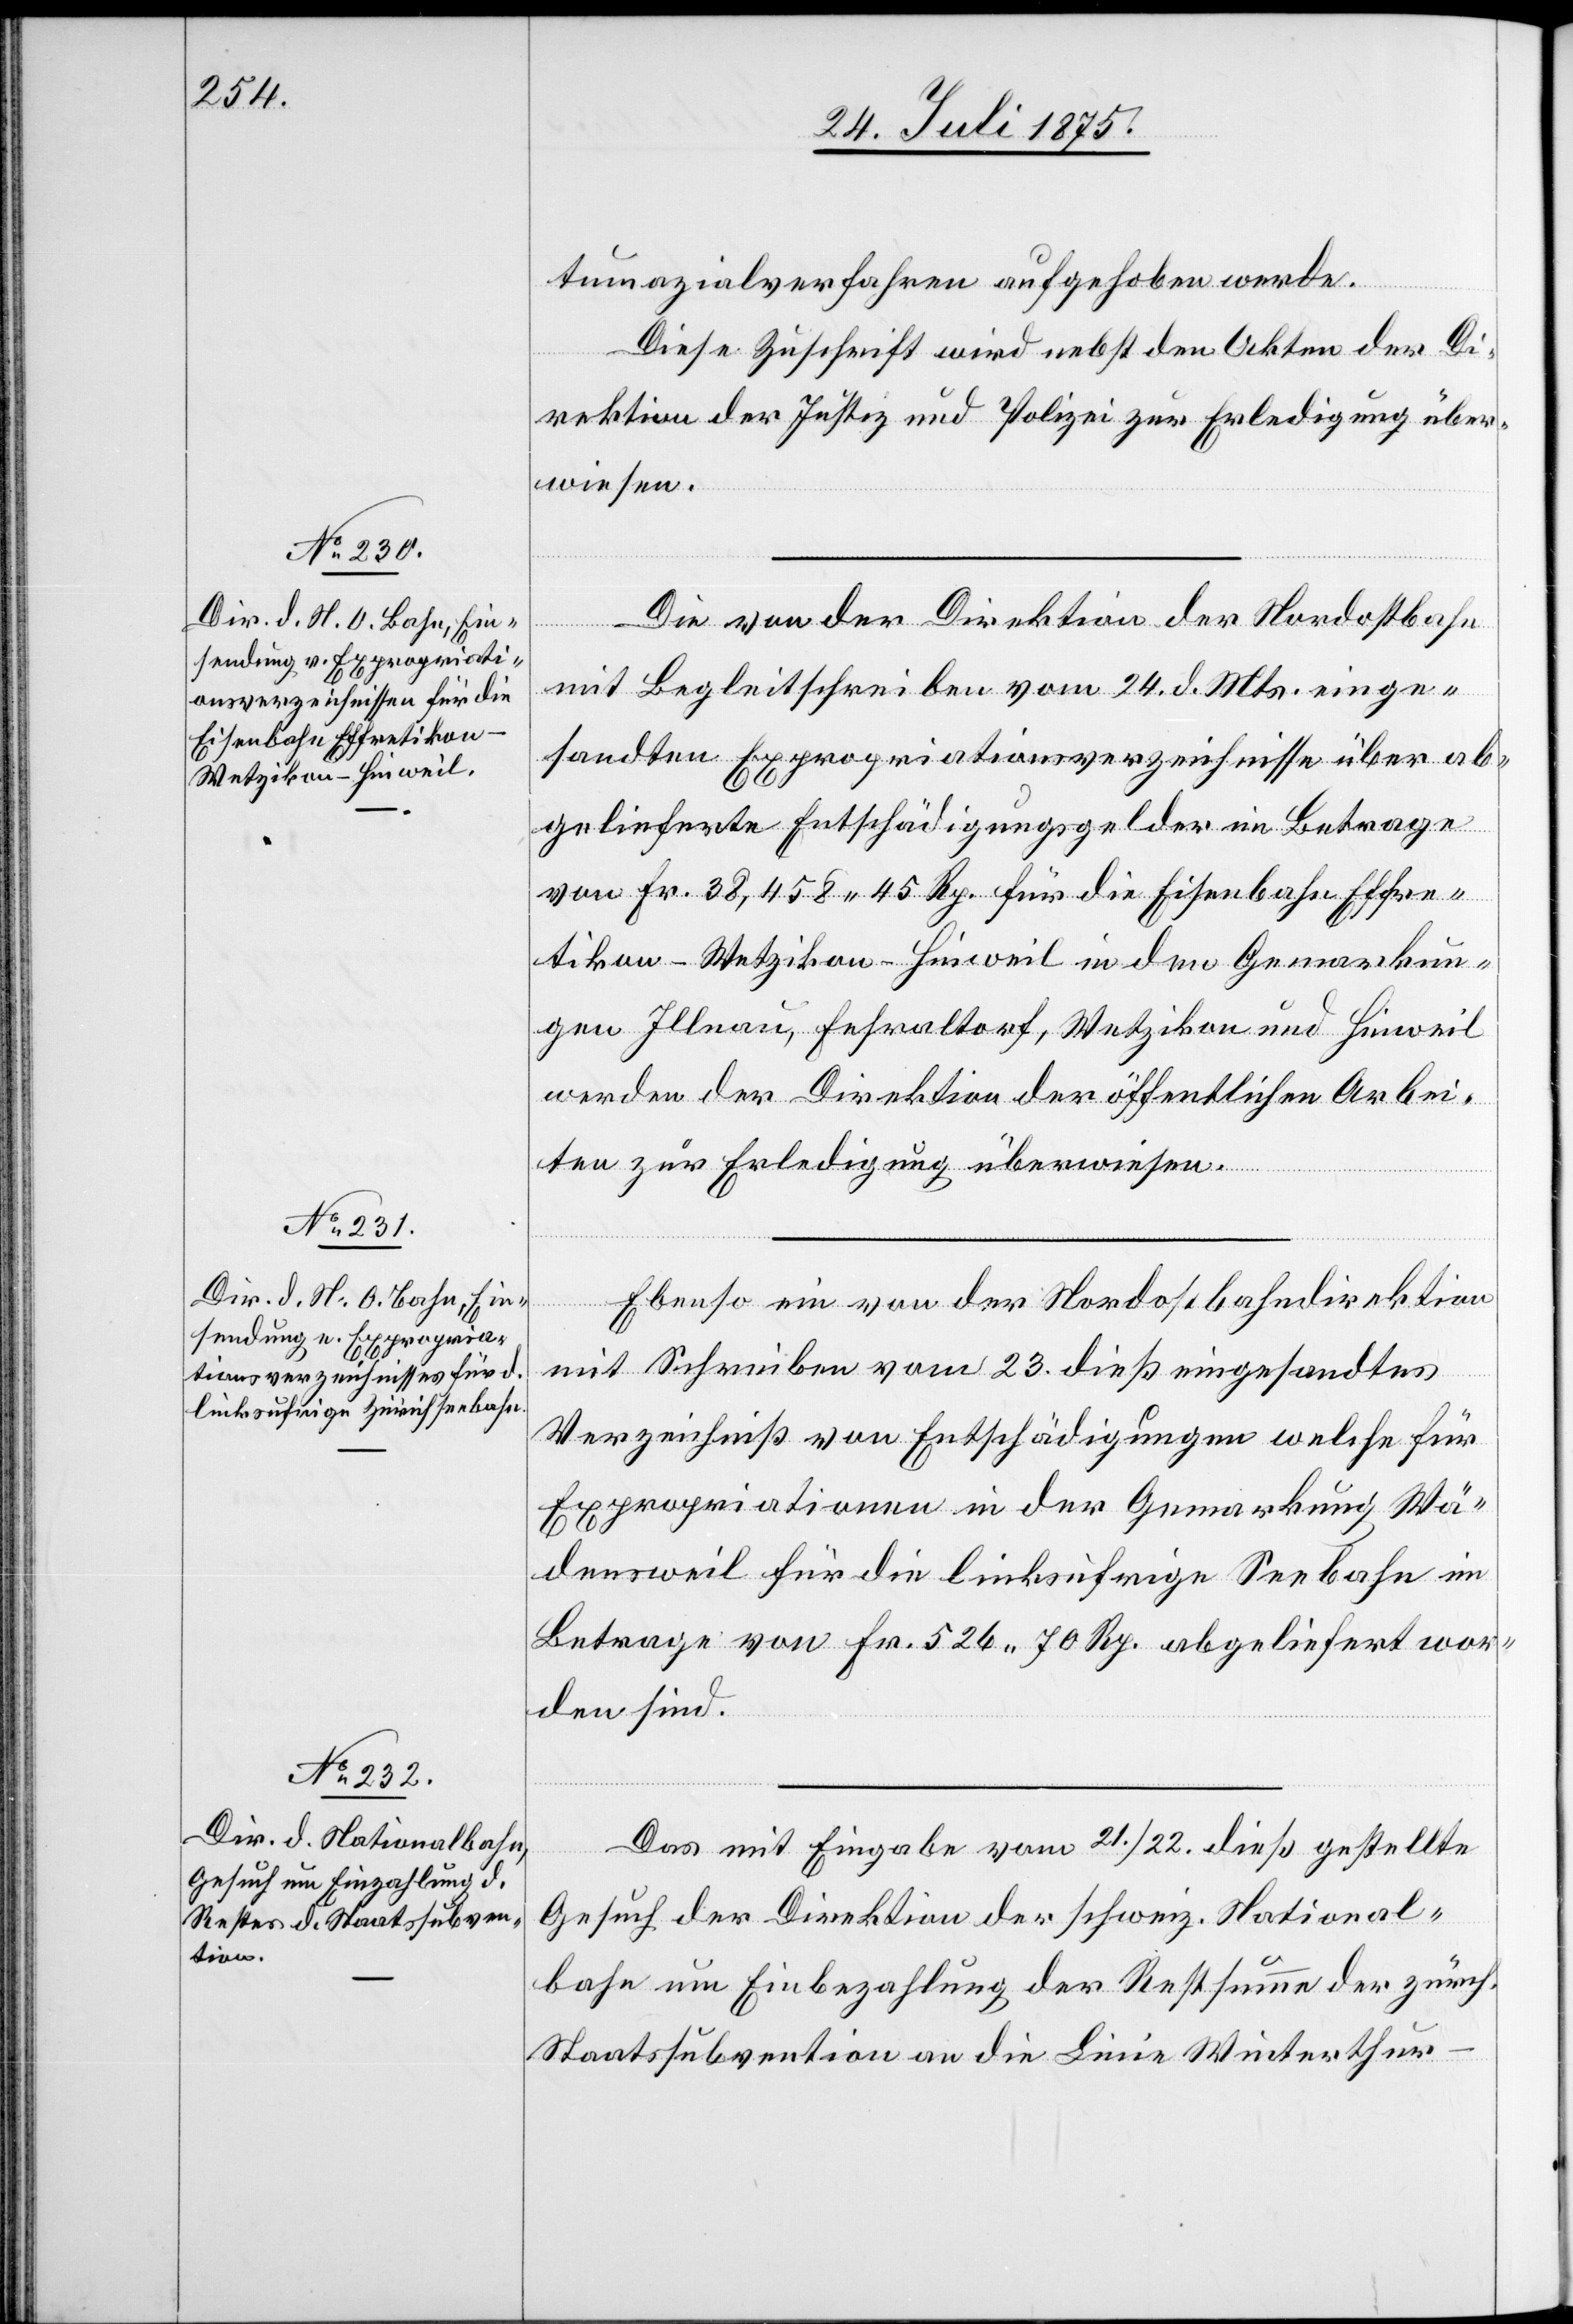
26. Juli 1875.]
tumazialverfahren aufgehoben werde.
Diese Zuschrift wird nebst den Akten der Di¬
rektion der Justiz und Polizei zur Erledigung über¬
wiesen.
Die von der Direktion der Nordostbahn
mit Begleitschreiben vom 24. d. Mts. einge¬
sandten Expropriationsverzeichnisse über ab¬
gelieferte Entschädigungsgelder im Betrage
von Fr. 38,458 45 Rp. für die Eisenbahn Effre¬
tikon–Wetzikon–Hinweil in den Gemarkun¬
gen Illnau, Fehraltdorf, Wetzikon und Hinweil
werden der Direktion der öffentlichen Arbei¬
ten zur Erledigung überwiesen.
Ebenso ein von der Nordostbahndirektion
mit Schreiben vom 23. dieß eingesandtes
Verzeichniß von Entschädigungen welche für
Expropriationen in der Gemarkung Wä¬
densweil für die linksufrige Seebahn im
Betrage von Fr. 526 70 Rp. abgeliefert wor¬
den sind.
Das mit Eingabe vom 21./22. dieß gestellte
Gesuch der Direktion der schweiz. National¬
bahn um Einbezahlung der Restsumme der zürch.
Staatssubvention an die Linie Winterthur–